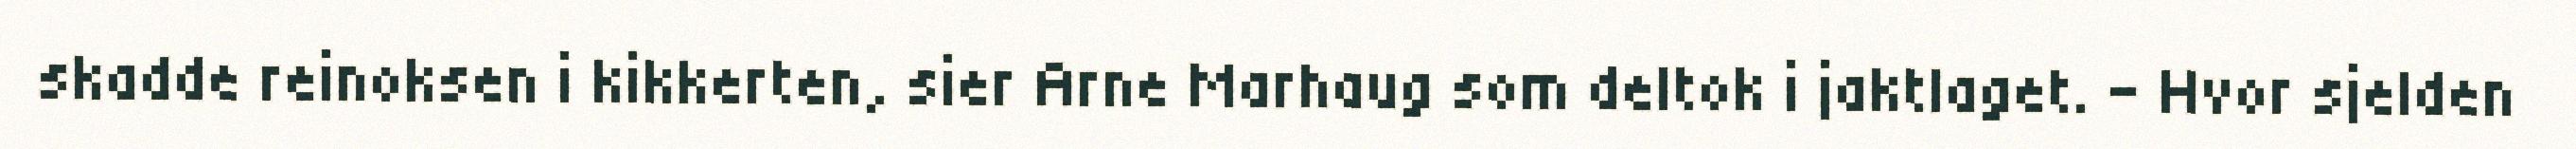
skadde reinoksen i kikkerten, sier Arne Marhaug som deltok i jaktlaget. - Hvor sjelden